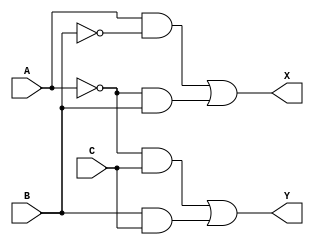
module task2_2(A, B, C, X, Y);
    input A, B, C;
    output X, Y;
    wire B_L, A_L, M1_L, M2_L, M3_L, M4_L, M1, M2, M3, M4, M1_LL, M2_LL, M3_LL, M4_LL;

    not U1(A_L, A);
    not U2(B_L, B);
    
    and U3(M1, A, B_L);
    and U4(M2, A_L, B);
    and U5(M3, A_L, C);
    and U6(M4, B, C);

    not U7(M1_L, M1);
    not U8(M2_L, M2);
    not U9(M3_L, M3);
    not U10(M4_L, M4);

    not U11(M1_LL, M1_L);
    not U12(M2_LL, M2_L);
    not U13(M3_LL, M3_L);
    not U14(M4_LL, M4_L);

    or U15(X, M1_LL, M2_LL);
    or U16(Y, M3_LL, M4_LL);
endmodule